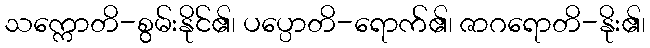
သက္ကောတိ-စွမ်းနိုင်၏၊ ပပ္ပောတိ-ရောက်၏၊ ဇာဂရောတိ-နိုး၏၊